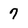
Character: 7